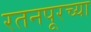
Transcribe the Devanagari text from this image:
रतनपूरच्या